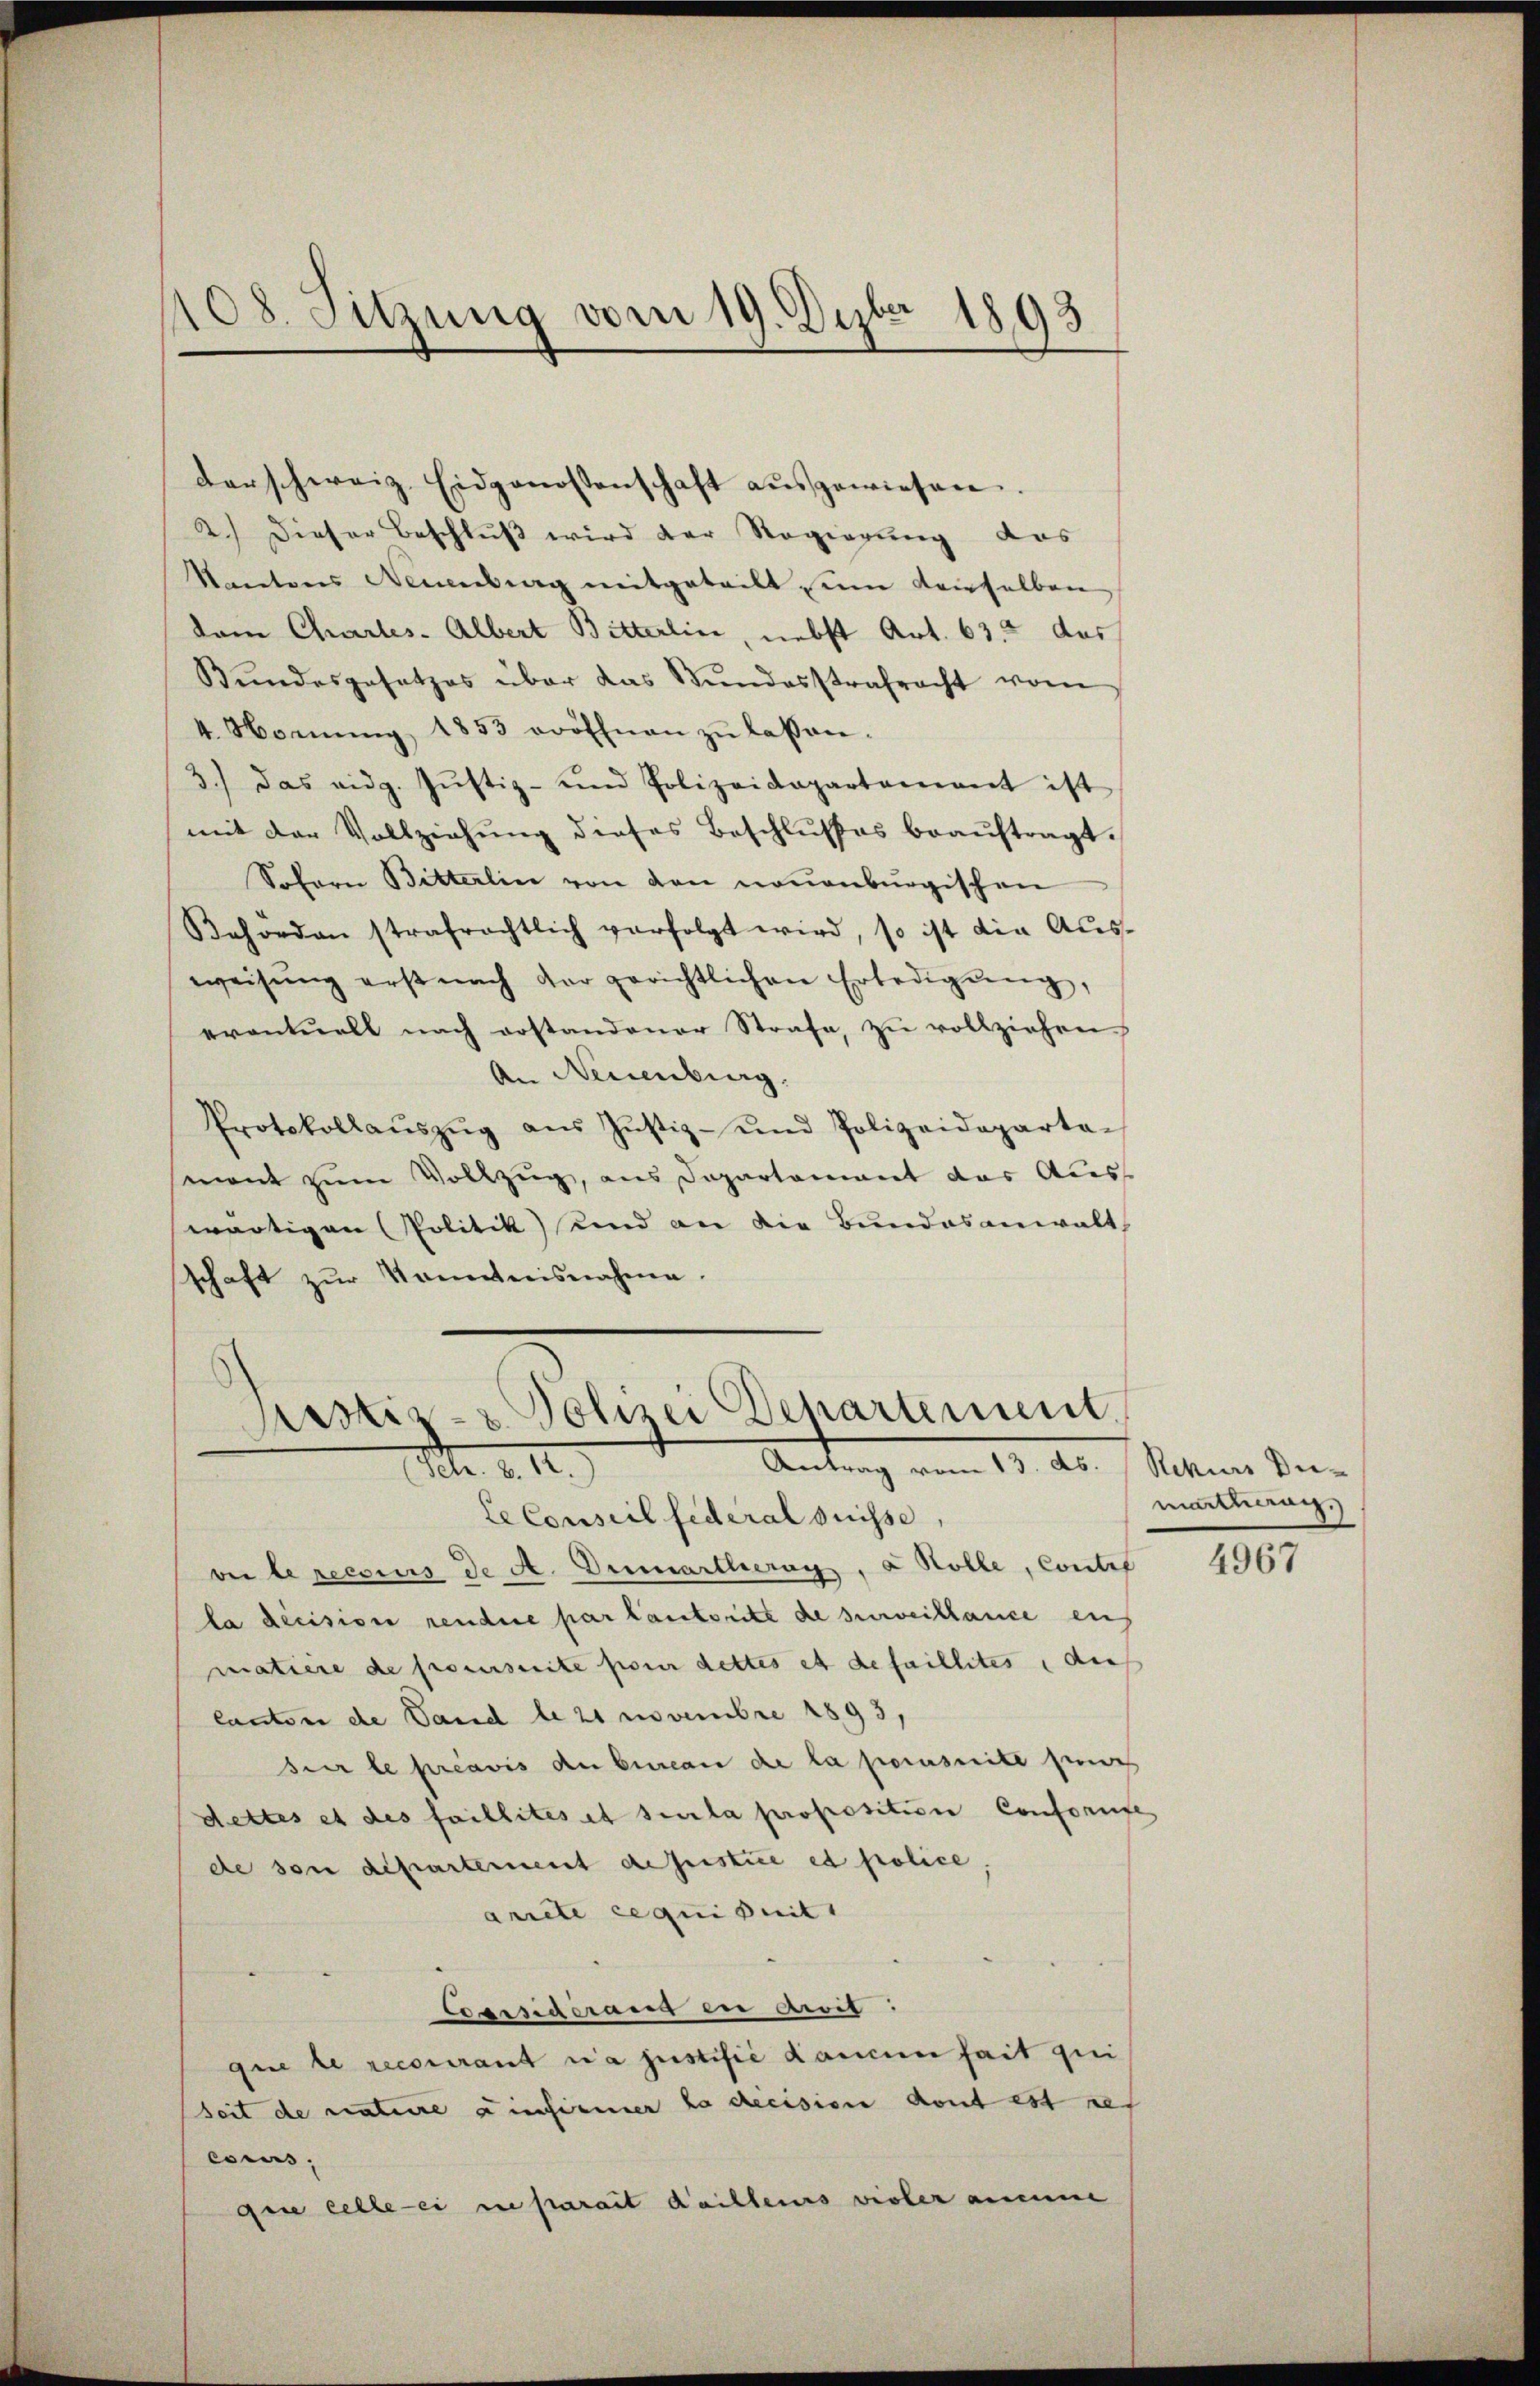
108. Sitzung vom 19. Dezbr 1893

darschweiz. Eidgenossenschaft aŭsgewiesen.
2.) Dieser Beschluß wird der Regierung das
Kantons Neuenburg mitgeteilt seine denselben
dem Chartes. Albert Bitterlin, nebst Art. 633 das
Bŭndesgesetzes über das Stŭndesstrafracht vom
4. Nomŭng, 1853 eröffnen zŭ lassen.
3.) das eidg. Jŭstiz- und Polizeidepartamant ist
mit der Vollziehung dieses Beschlusses beauftragt.
Sofern Bitterlin von den neuenburgischen
Behorden strafrechtlich verfolgt wird, so ist die Aŭs-
weisŭng erst nach der gerichtlichen Erledigŭng,
eventuell nach erstandoner Strafe, zu vollziehen.
An Neuenburg.
Protokollaŭszŭg aŭs Jŭstiz- und Polizeideparta-
mont zum Vollzug, aus Departement das Aus-
wärtigen (Politik und an die Bundesanwalt
schaft zŭr Kenntnisnahme.
Ristiz- & Polizei Departement
Antrag vom 13. ds. Rekurs Di¬

Mt. d. M.

LeConseil federal Suisse,
ve le recours de A. Demartherig, a Rolle, Contre
la decision rendere par lautoritt de surveillance ei
matiere de poursuite pour dettes et de faillites, auch
Canton de Sand le 21 Novembre 1893,
sur le préavis du bureau de la porusuite jenes
dettes et des faillites et sela proposition Confornfe
de son departement desstie es police
arrete requisit
Cosssigerung bei ait :
que le recourant la justifié dancenhait qui
seit de nature einsammen ha decision dont est res
escurs,
que celle-ci ne parait dailleurs vieler ammine

mathung.)

4967